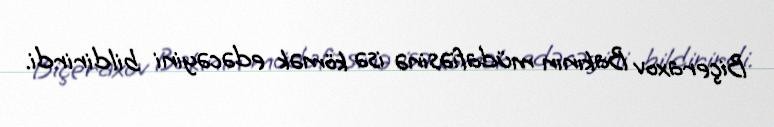
Biçeraxov Bakının müdafiəsinə isə kömək edəcəyini bildirirdi.